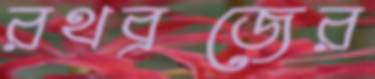
রথব্রজের